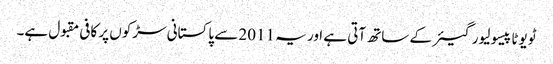
ٹویوٹا پیسو لیور گیئر کے ساتھ آتی ہے اور یہ 2011 سے پاکستانی سڑکوں پر کافی مقبول ہے۔